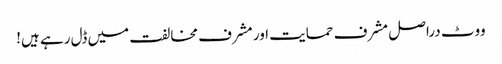
ووٹ دراصل مشرف حمایت اور مشرف مخالفت میں ڈل رہے ہیں!